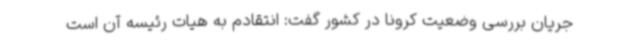
جریان بررسی وضعیت کرونا در کشور گفت: انتقادم به هیات رئیسه آن است